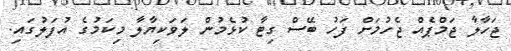
ޖަހާލާ ޖަމްޕެއް ޖެހުމަށް ފަހު ބޭސް ގިޓާ ކުޅެމުން ލަވަކިޔާލާ މިކަމުގެ އުފަލުގައި.